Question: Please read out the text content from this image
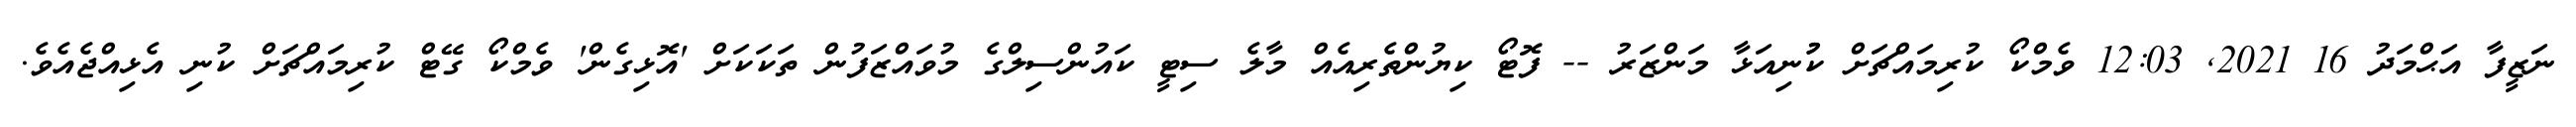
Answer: ނަޒީފާ އަޙްމަދު 16 2021, 12:03 ވެމްކޯ ކުރިމައްޗަށް ކުުނިއަޅާ މަންޒަރު -- ފޮޓޯ ކިޔުންތެރިއެއް މާލެ ސިޓީ ކައުންސިލްގެ މުވައްޒަފުން ތަކަކަށް 'އޮޅިގެން' ވެމްކޯ ގޭޓް ކުރިމައްޗަށް ކުނި އެޅިއްޖެއެވެ.